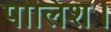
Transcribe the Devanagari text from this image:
पोलिश।